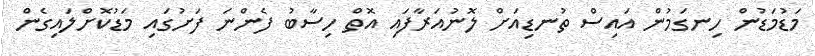
މަޑުމަޑުން ހިނގަމުން އައިސް ތުނޑިއަށް ލޮނުއަރާފައި އޮތް ހިސާބު ފެންނަ ފަށުގައި މަޑުކޮށްލައިގެން